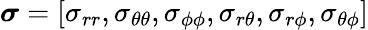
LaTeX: \boldsymbol{\sigma}=\left[\sigma_{rr},\sigma_{\theta\theta},\sigma_{\phi\phi},\sigma_{r\theta},\sigma_{r\phi},\sigma_{\theta\phi}\right]